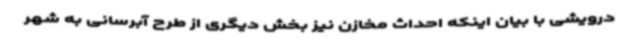
درویشی با بیان اینکه احداث مخازن نیز بخش دیگری از طرح آبرسانی به شهر